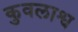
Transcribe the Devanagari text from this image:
कुवलाश्व